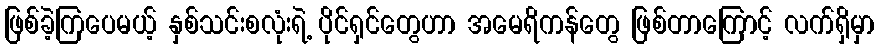
ဖြစ်ခဲ့ကြပေမယ့် နှစ်သင်းစလုံးရဲ့ ပိုင်ရှင်တွေဟာ အမေရိကန်တွေ ဖြစ်တာကြောင့် လက်ရှိမှာ